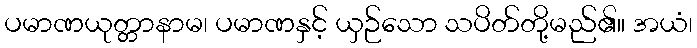
ပမာဏယုတ္တာနာမ၊ ပမာဏနှင့် ယှဉ်သော သပိတ်တို့မည်၏။ အယံ၊